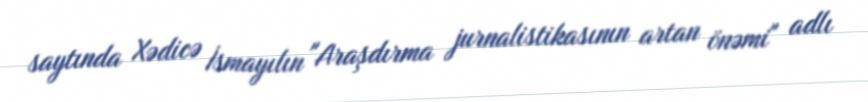
saytında Xədicə İsmayılın "Araşdırma jurnalistikasının artan önəmi" adlı